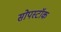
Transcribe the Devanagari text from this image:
सोपस्टॉक